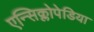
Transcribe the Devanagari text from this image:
एन्सिक्लोपेडिया